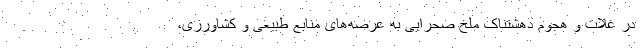
در غلات و هجوم دهشتناک ملخ صحرایی به عرصه‌های منابع طبیعی و کشاورزی،